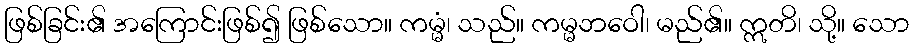
ဖြစ်ခြင်း၏ အကြောင်းဖြစ်၍ ဖြစ်သော။ ကမ္မံ၊ သည်။ ကမ္မဘဝေါ၊ မည်၏။ ဣတိ၊ သို့။ သော